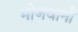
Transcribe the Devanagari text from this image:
भोजवानी